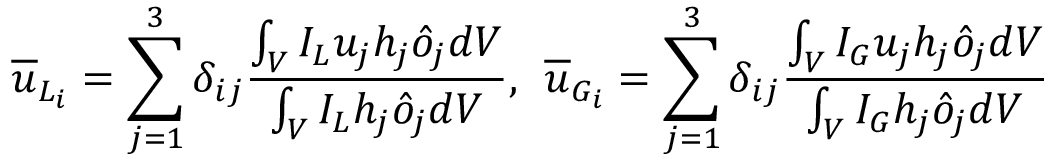
\overline { { u } } _ { L _ { i } } = \sum _ { j = 1 } ^ { 3 } \delta _ { i j } \frac { \int _ { V } I _ { L } u _ { j } h _ { j } \hat { o } _ { j } d V } { \int _ { V } I _ { L } h _ { j } \hat { o } _ { j } d V } , \: \: \overline { { u } } _ { G _ { i } } = \sum _ { j = 1 } ^ { 3 } \delta _ { i j } \frac { \int _ { V } I _ { G } u _ { j } h _ { j } \hat { o } _ { j } d V } { \int _ { V } I _ { G } h _ { j } \hat { o } _ { j } d V }